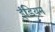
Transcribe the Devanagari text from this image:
ईंडियन